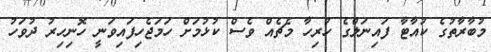
މުބާރާތުގެ ކުއާޓާ ފައިނަލްގެ ހުރިހާ މެޗެއް ވެސް ކުޅުމަށް ހަމަޖެހިފައިވަނީ ހޮނިހިރު ދުވަހު